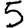
Digit: 5